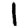
Digit: 1